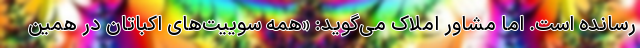
رسانده است. اما مشاور املاک می‌گوید: «همه سوییت‌های اکباتان در همین